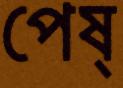
পেষ্‌